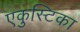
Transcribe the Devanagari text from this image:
एकुस्टिका